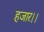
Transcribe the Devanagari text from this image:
हजार।।